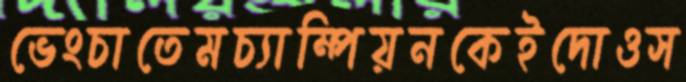
ভেংচাতেমচ্যাম্পিয়নকেইদোওস